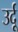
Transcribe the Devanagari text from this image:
उर्दूू